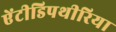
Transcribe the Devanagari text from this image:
ऐंटीडिपथीरिया